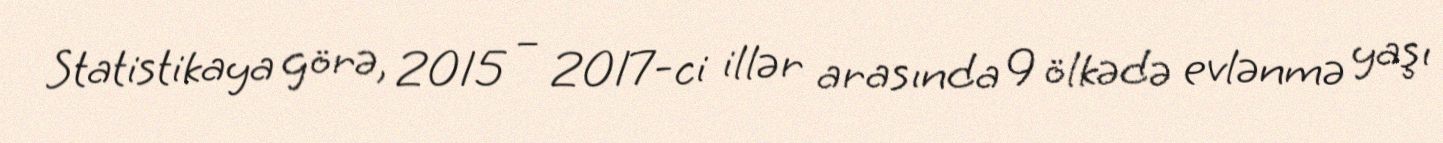
Statistikaya görə, 2015 – 2017-ci illər arasında 9 ölkədə evlənmə yaşı